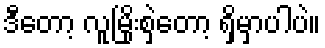
ဒီတော့ လူမြိုးစှဲတော့ ရှိမှာပါပဲ။